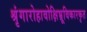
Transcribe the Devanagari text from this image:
श्रृंगारोहावोक्षिभ्रूविकारकृत